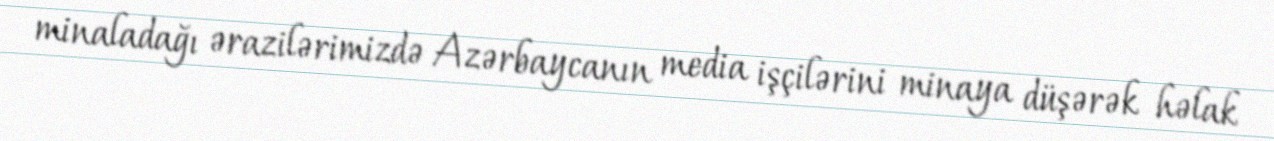
minaladağı ərazilərimizdə Azərbaycanın media işçilərini minaya düşərək həlak